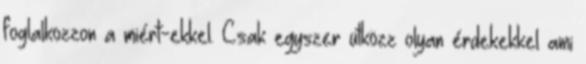
foglalkozzon a miért-ekkel. Csak egyszer ütközz olyan érdekekkel ami